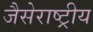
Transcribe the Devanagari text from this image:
जैसेराष्ट्रीय